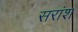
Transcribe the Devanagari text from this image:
सरांश